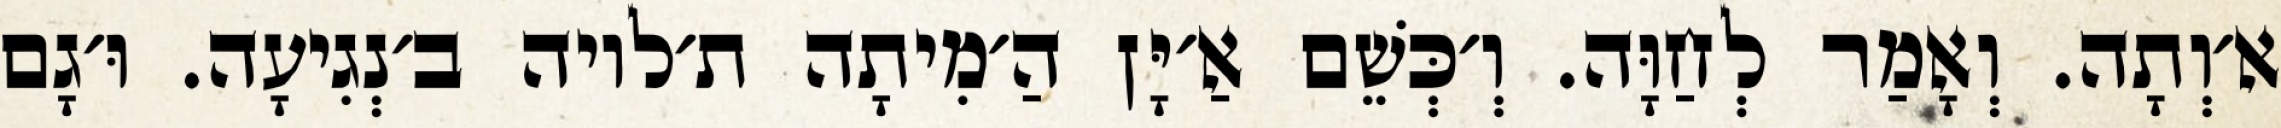
א׳וְתָה. וְאָמַר לְחַוָּה. וְ׳כְּשֵׁם אַ׳יָּן הַ׳מִיתָה ת׳לויה ב׳נְגִיעָה. וּ׳גָם